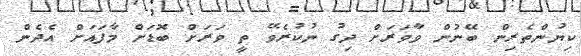
ކިޔުންތެރިން ބޭނުން ވާވަރަށް ދިގު ނުކުރެވޭ ތީ ވަރަށް ބޮޑަށް މާފައަށް އެދެން